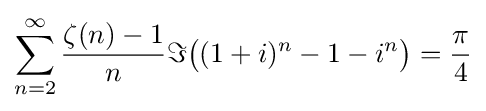
\sum _{n=2}^{\infty }{\frac {\zeta (n)-1}{n}}\Im {\bigl (}(1+i)^{n}-1-i^{n}{\bigr )}={\frac {\pi }{4}}